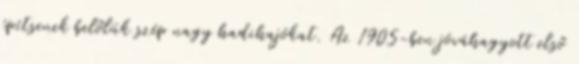
építsenek belőlük szép nagy hadihajókat. Az 1905-ben jóváhagyott első